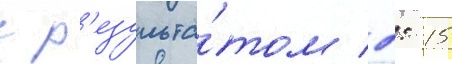
с р'езульта́том 2: 15